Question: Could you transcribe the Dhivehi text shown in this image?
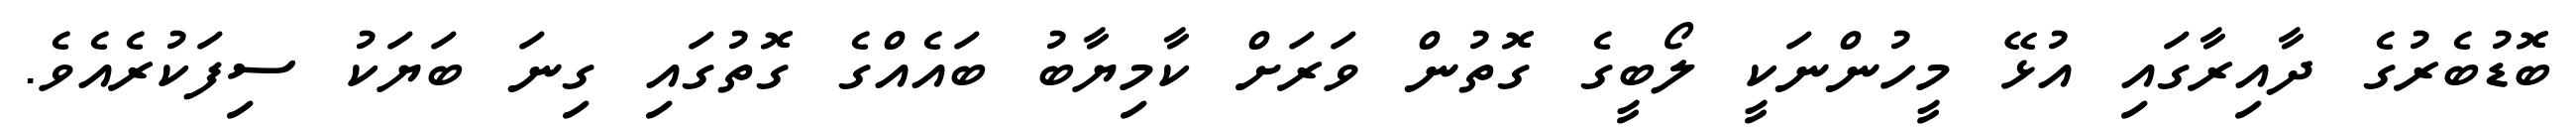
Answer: ބޮޑުބެރުގެ ދާއިރާގައި އުޅޭ މީހުންނަކީ ލޯބީގެ ގޮތުން ވަރަށް ކާމިޔާބު ބައެއްގެ ގޮތުގައި ގިނަ ބަޔަކު ސިފަކުރެއެވެ.